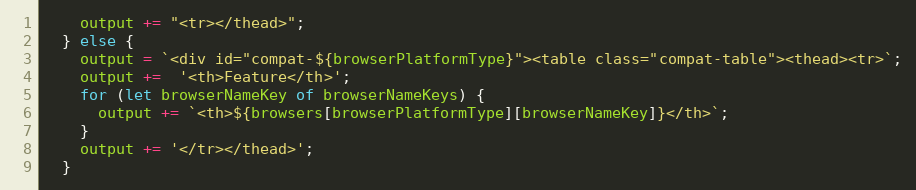
Language: JavaScript
    output += "<tr></thead>";
  } else {
    output = `<div id="compat-${browserPlatformType}"><table class="compat-table"><thead><tr>`;
    output +=  '<th>Feature</th>';
    for (let browserNameKey of browserNameKeys) {
      output += `<th>${browsers[browserPlatformType][browserNameKey]}</th>`;
    }
    output += '</tr></thead>';
  }